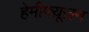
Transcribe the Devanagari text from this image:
हेमीफ्य़ूज़न